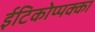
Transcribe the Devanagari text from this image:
ईटिकोप्पक्का